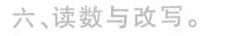
六、读数与改写。